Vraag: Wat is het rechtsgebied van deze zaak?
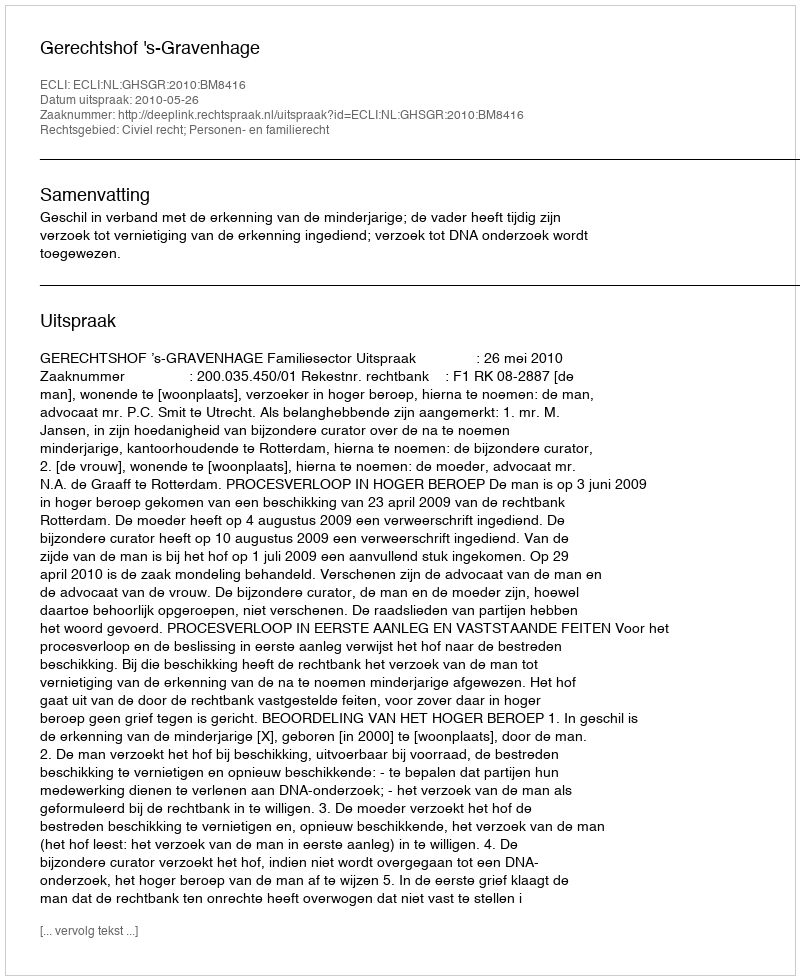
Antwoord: Civiel recht; Personen- en familierecht